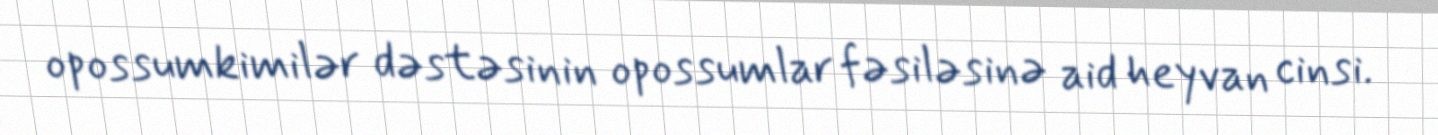
opossumkimilər dəstəsinin opossumlar fəsiləsinə aid heyvan cinsi.